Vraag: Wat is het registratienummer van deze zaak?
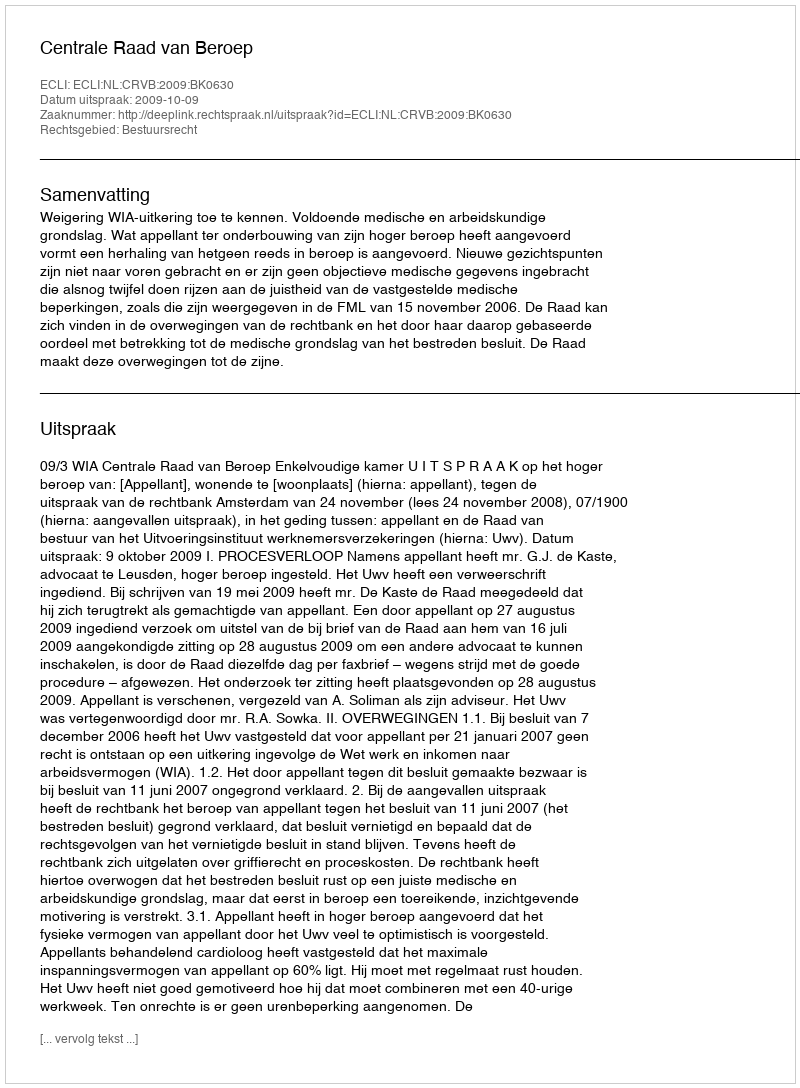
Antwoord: http://deeplink.rechtspraak.nl/uitspraak?id=ECLI:NL:CRVB:2009:BK0630